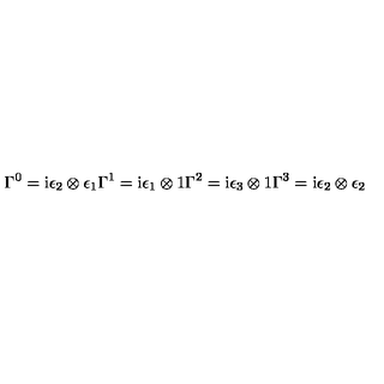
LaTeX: \Gamma ^ { 0 } = \mathrm { i } \epsilon _ { 2 } \otimes \epsilon _ { 1 } \Gamma ^ { 1 } = \mathrm { i } \epsilon _ { 1 } \otimes { \boldmath 1 } \Gamma ^ { 2 } = \mathrm { i } \epsilon _ { 3 } \otimes { \boldmath 1 } \Gamma ^ { 3 } = \mathrm { i } \epsilon _ { 2 } \otimes \epsilon _ { 2 }